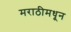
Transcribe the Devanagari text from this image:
मराठीमधून